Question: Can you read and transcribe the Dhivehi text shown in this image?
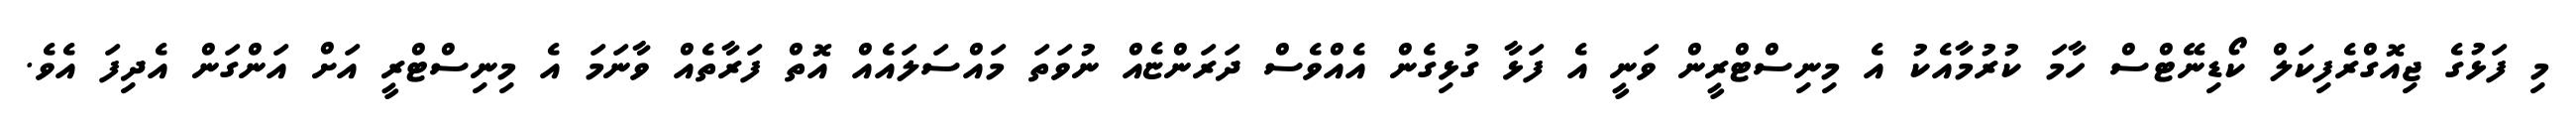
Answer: މި ފަޅުގެ ޖިއޮގްރެފިކަލް ކޯޑިނޭޓްސް ހާމަ ކުރުމާއެކު އެ މިނިސްޓްރީން ވަނީ އެ ފަޅާ ގުޅިގެން އެއްވެސް ދަރަންޏެއް ނުވަތަ މައްސަލައެއް އޮތް ފަރާތެއް ވާނަމަ އެ މިނިސްޓްރީ އަށް އަންގަން އެދިފަ އެވެ.